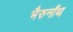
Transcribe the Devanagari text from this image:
भैरुनाँथ